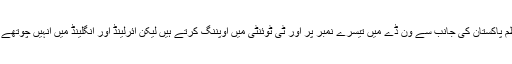
دائیں ہاتھ سے بیٹنگ کرنے والے بابر اعظم پاکستان کی جانب سے ون ڈے میں تیسرے نمبر پر اور ٹی ٹوئنٹی میں اوپننگ کرتے ہیں لیکن آئرلینڈ اور انگلینڈ میں انہیں چوتھے یا پانچویں نمبر پر کھلانے کی تجویز ہے۔